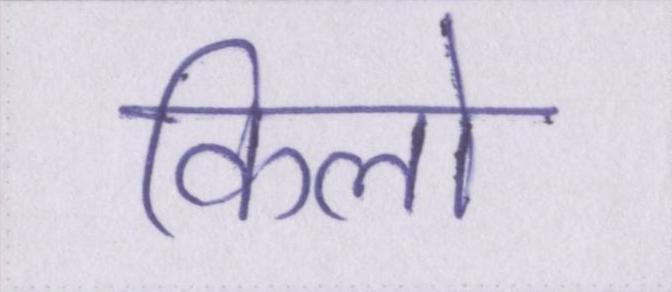
किलो